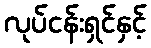
လုပ်ငန်းရှင်နှင့်